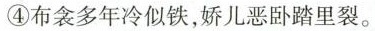
④布衾多年冷似铁，娇儿恶卧踏里裂。